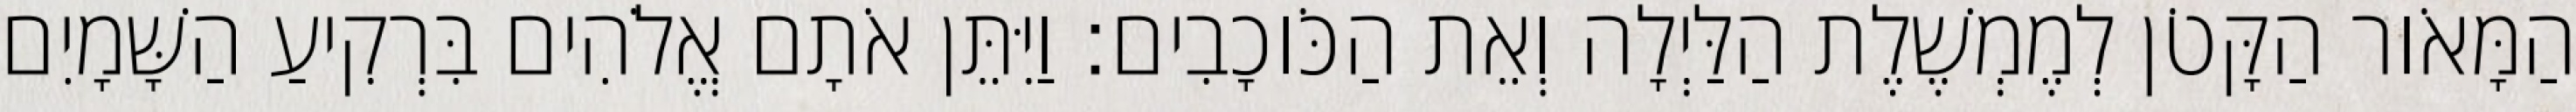
הַמָּאֹור הַקָּטֹן לְמֶמְשֶׁלֶת הַלַּיְלָה וְאֵת הַכֹּוכָבִים׃ וַיִּתֵּן אֹתָם אֱלֹהִים בִּרְקִיעַ הַשָּׁמָיִם